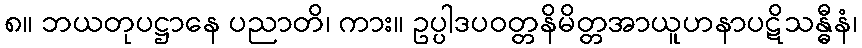
၈။ ဘယတုပဋ္ဌာနေ ပညာတိ၊ ကား။ ဥပ္ပါဒပဝတ္တနိမိတ္တအာယူဟနာပဋိသန္ဓီနံ၊